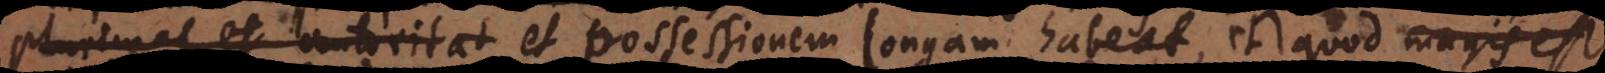
utoritat autoritatem et possessionem longam habeat, et quod magis est